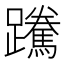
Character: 䠮